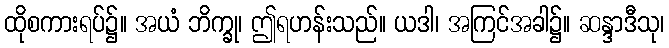
ထိုစကားရပ်၌။ အယံ ဘိက္ခု၊ ဤရဟန်းသည်။ ယဒါ၊ အကြင်အခါ၌။ ဆန္ဒာဒီသု၊